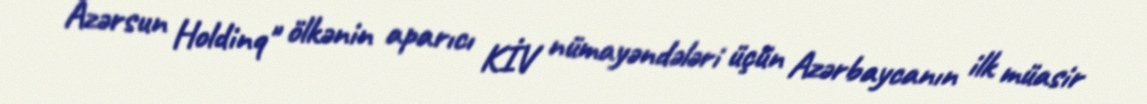
Azərsun Holdinq" ölkənin aparıcı KİV nümayəndələri üçün Azərbaycanın ilk müasir